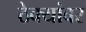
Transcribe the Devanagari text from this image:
ठेक्यांवर